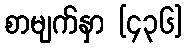
စာမျက်နှာ [၄၃၆]